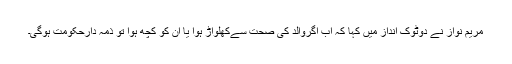
مریم نواز نے دوٹوک انداز میں کہا کہ اب اگروالد کی صحت سےکھلواڑ ہوا یا ان کو کچھ ہوا تو ذمہ دارحکومت ہوگی۔